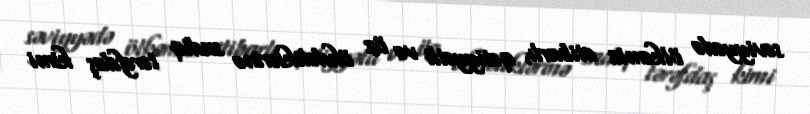
səviyyədə ölkəmiz etibarlı, qətiyyətli və öz öhdəliklərinə sadiq tərəfdaş kimi